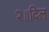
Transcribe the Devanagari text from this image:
२॥दिल